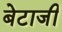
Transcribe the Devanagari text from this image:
बेटाजी